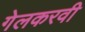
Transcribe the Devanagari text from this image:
गेलकरवी